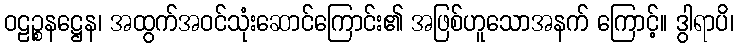
ဝဠဉ္စနဋ္ဌေန၊ အထွက်အဝင်သုံးဆောင်ကြောင်း၏ အဖြစ်ဟူသောအနက် ကြောင့်။ ဒွါရာပိ၊